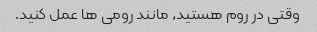
وقتی در روم هستید، مانند رومی ها عمل کنید.